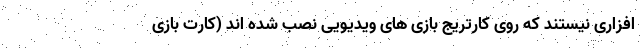
افزاری نیستند که روی کارتریج بازی های ویدیویی نصب شده اند (کارت بازی